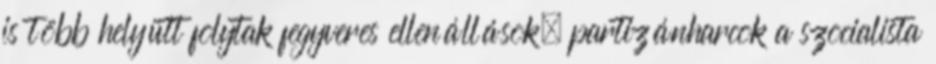
is több helyütt folytak fegyveres ellenállások, partizánharcok a szocialista